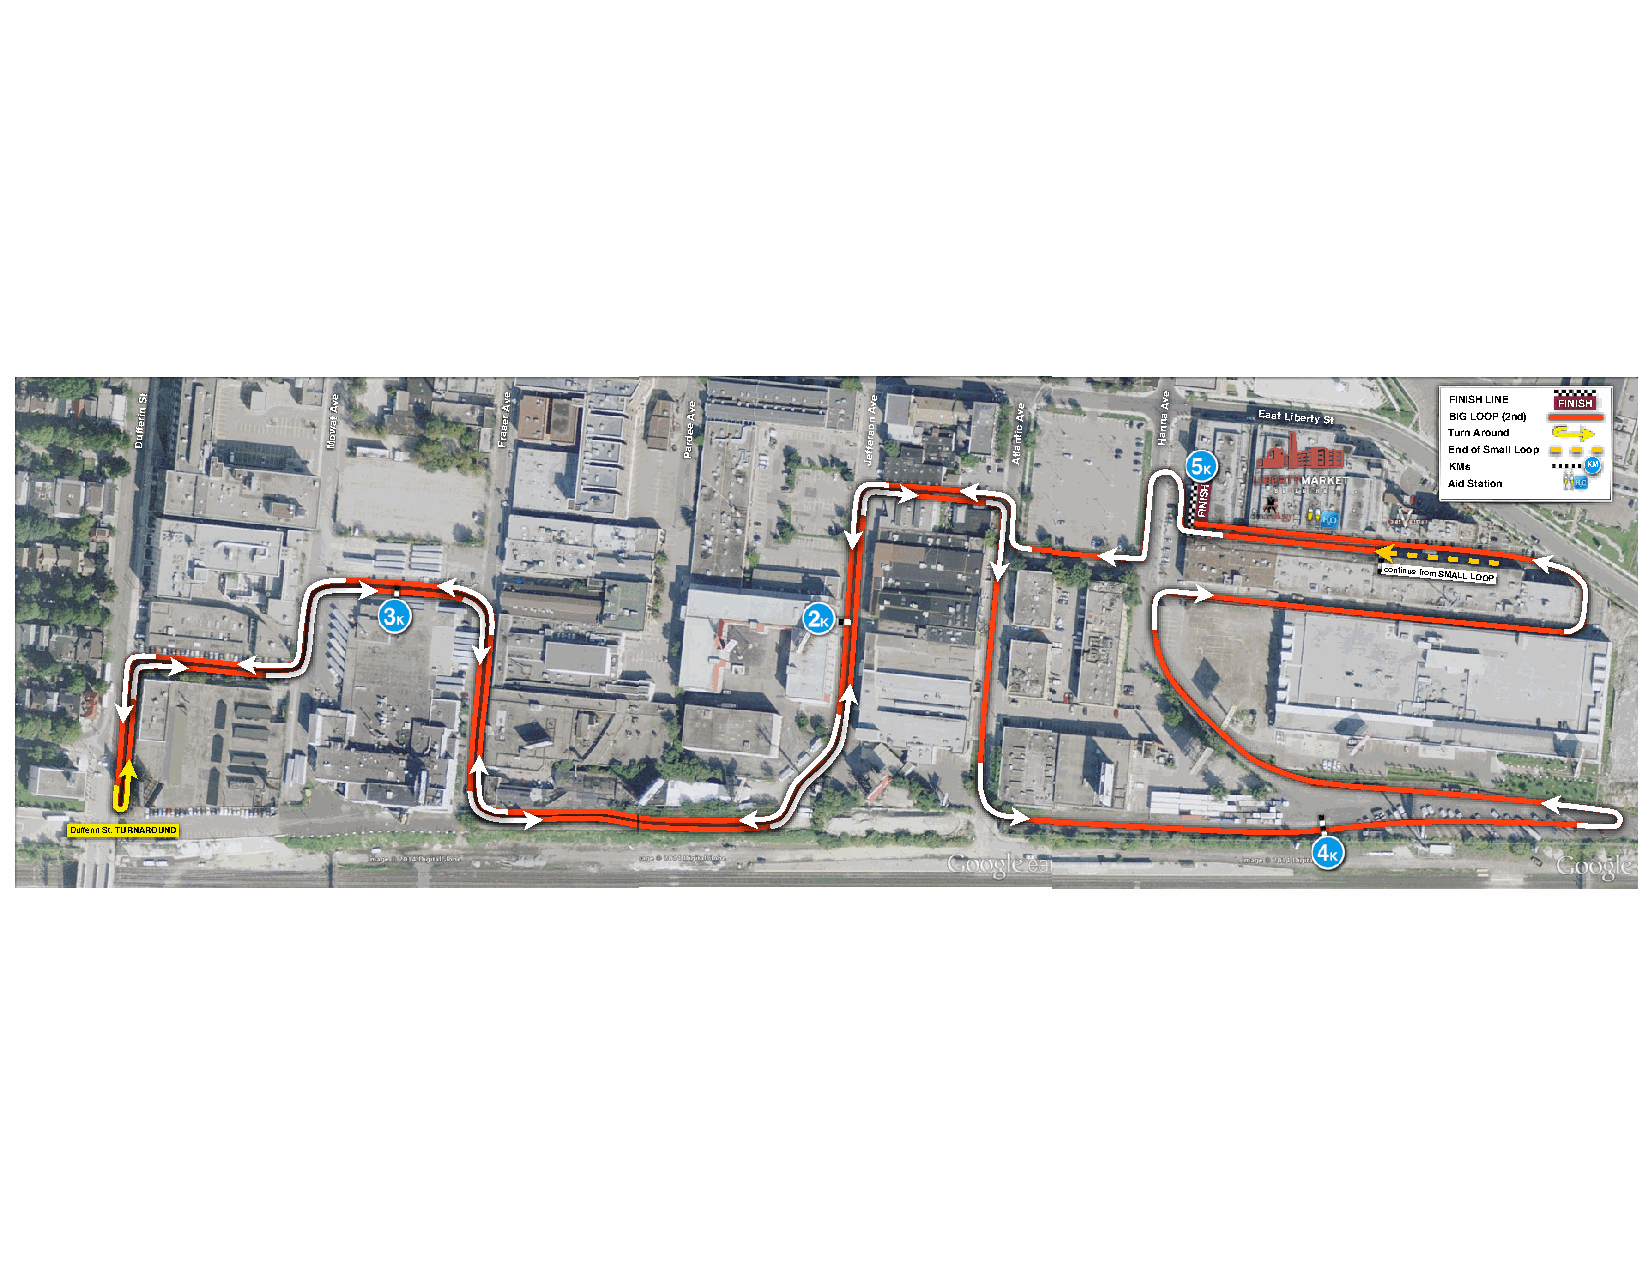
Dufferin St  Mowat Ave  Fraser Ave
 Pardee
 Ave         Jefferson Ave
 Atlantic
 Ave       Hanna Ave East Liberty St F B
 T
 E
 KuI nI MN G
 r dn
 sI S L oAH O
 fr
 SO oL muI PN
 n
 a(E d2
 ll
 n
 L
 d
 o
 )
 o p
 FINISH
 KM
 H                Aid Station
 S
 NI
 FI
 continue from SMALL LOOP
 Dufferin St. TURNAROUND